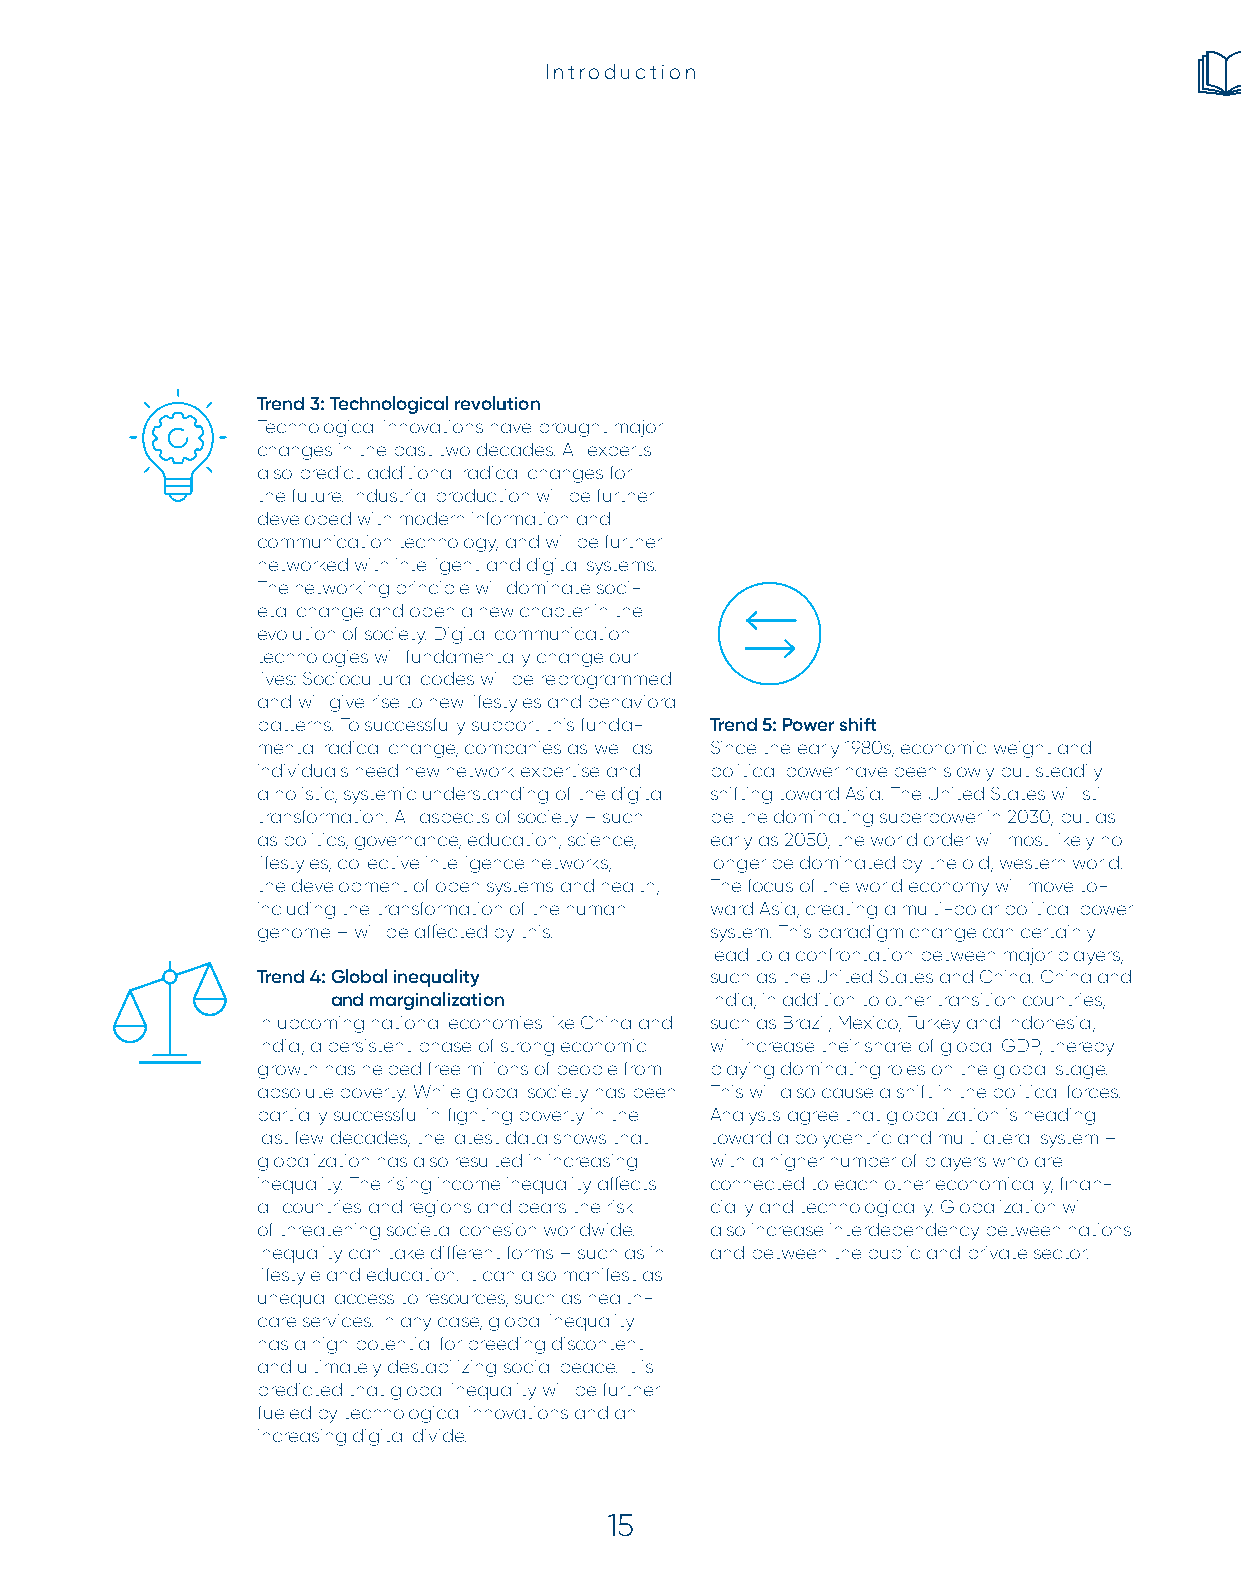
Introduction
 Trend 3: Technological revolution
 Technological innovations have brought major
 changes in the past two decades. All experts
 also predict additional radical changes for
 the future. Industrial production will be further
 developed with modern information and
 communication technology, and will be further
 networked with intelligent and digital systems.
 The networking principle will dominate soci-
 etal change and open a new chapter in the
 evolution of society. Digital communication
 technologies will fundamentally change our
 lives: Sociocultural codes will be reprogrammed
 and will give rise to new lifestyles and behavioral
 patterns. To successfully support this funda- Trend 5: Power shift
 mental radical change, companies as well as Since the early 1980s, economic weight and
 individuals need new network expertise and political power have been slowly but steadily
 a holistic, systemic understanding of the digital shifting toward Asia. The United States will still
 transformation. All aspects of society – such be the dominating superpower in 2030, but as
 as politics, governance, education, science, early as 2050, the world order will most likely no
 lifestyles, collective intelligence networks, longer be dominated by the old, western world.
 the development of open systems and health, The focus of the world economy will move to-
 including the transformation of the human ward Asia, creating a multi-polar political power
 genome – will be affected by this. system. This paradigm change can certainly
 lead to a confrontation between major players,
 Trend 4: Global inequality    such as the United States and China. China and
 and marginalization      India, in addition to other transition countries,
 In upcoming national economies like China and such as Brazil, Mexico, Turkey and Indonesia,
 India, a persistent phase of strong economic will increase their share of global GDP, thereby
 growth has helped free millions of people from playing dominating roles on the global stage.
 absolute poverty. While global society has been This will also cause a shift in the political forces.
 partially successful in fighting poverty in the Analysts agree that globalization is heading
 last few decades, the latest data shows that toward a polycentric and multilateral system –
 globalization has also resulted in increasing with a higher number of players who are
 inequality. The rising income inequality affects connected to each other economically, finan-
 all countries and regions and bears the risk cially and technologically. Globalization will
 of threatening societal cohesion worldwide. also increase interdependency between nations
 Inequality can take different forms – such as in and between the public and private sector.
 lifestyle and education. It can also manifest as
 unequal access to resources, such as health-
 care services. In any case, global inequality
 has a high potential for breeding discontent
 and ultimately destabilizing social peace. It is
 predicted that global inequality will be further
 fueled by technological innovations and an
 increasing digital divide.
 15